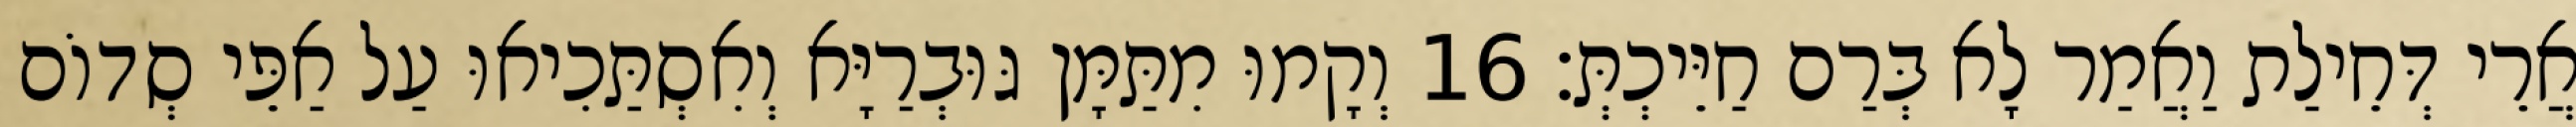
אֲרֵי דְּחֵילַת וַאֲמַר לָא בְּרַם חַיֵּיכְתְּ׃ 16 וְקָמוּ מִתַּמָּן גּוּבְרַיָּא וְאִסְתַּכִיאוּ עַל אַפֵּי סְדוֹם